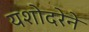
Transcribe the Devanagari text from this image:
यशोदरेने